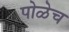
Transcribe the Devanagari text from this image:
पोळेच